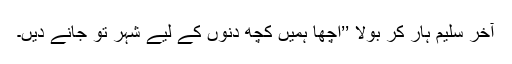
آخر سلیم ہار کر بولا ’’اچھا ہمیں کچھ دنوں کے لیے شہر تو جانے دیں۔